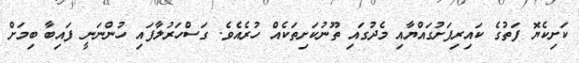
ކަށިކެޔޮ ފަތުގެ ކައިރިފަށުގައްޔާއި މެދުގައި ތޫނުކަށިތަކެއް ހުރެއެވެ. ގަސްހަރުލާފައި ހުންނަނީ ފައިބާ ބިމަށް